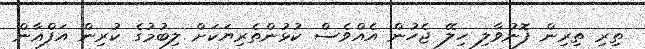
ތިރި ތިރިން ފޮނުވާލި ހިލޭ ޖެހުން އެއްވެސް ކުޅުންތެރިޔަކަށް ލިބުމުގެ ކުރިން އަފްޣާން